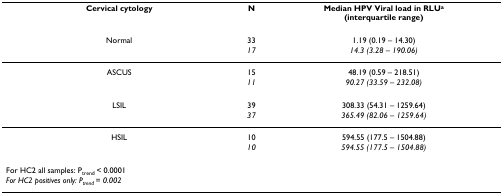
| Cervical cytology | N | Median HPV Viral load in RLUa(interquartile range) |
 | --- | --- | --- |
 | Normal | 33 | 1.19 (0.19 – 14.30) |
 |  | 17 | 14.3 (3.28 – 190.06) |
 | ASCUS | 15 | 48.19 (0.59 – 218.51) |
 |  | 11 | 90.27 (33.59 – 232.08) |
 | LSIL | 39 | 308.33 (54.31 – 1259.64) |
 |  | 37 | 365.49 (82.06 – 1259.64) |
 | HSIL | 10 | 594.55 (177.5 – 1504.88) |
 |  | 10 | 594.55 (177.5 – 1504.88) |
 | For HC2 all samples: Ptrend < 0.0001 |  |  |
 | For HC2 positives only: Ptrend = 0.002 |  |  |